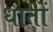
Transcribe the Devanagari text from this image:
धातों